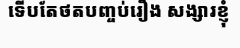
ទើបតែថតបញ្ចប់រឿង សង្សារខ្ញុំ